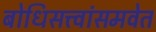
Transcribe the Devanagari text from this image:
बोधिसत्त्वांसमवेत